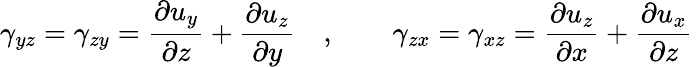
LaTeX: \gamma_{yz}=\gamma_{zy}={\frac{\partial u_{y}}{\partial z}}+{\frac{\partial u_{z}}{\partial y}}\quad,\qquad\gamma_{zx}=\gamma_{xz}={\frac{\partial u_{z}}{\partial x}}+{\frac{\partial u_{x}}{\partial z}}\,